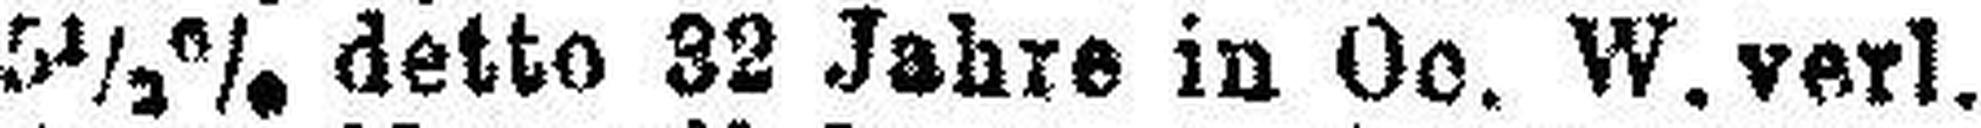
5½% detto 32 Jahre in Oe. W. verl.